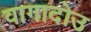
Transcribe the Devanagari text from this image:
वागादोउ